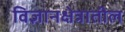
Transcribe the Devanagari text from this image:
विज्ञानक्षेत्रातील